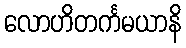
လောဟိတင်္ကမယာနိ